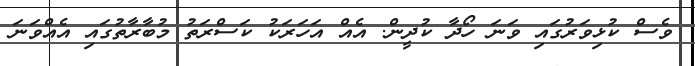
ވެސް ކުޅިވަރުގައި ވަނަ ހޯދާ ކުދީން. އެއް އަހަރަކު ކަސްރަތު މުބާރާތުގައި އެއްވަނަ